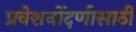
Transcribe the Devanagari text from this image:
प्रवेशनोंदणीसाठी